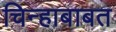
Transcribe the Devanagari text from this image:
चिन्हाबाबत